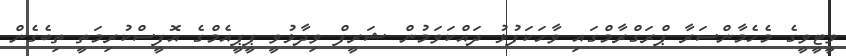
ވީޓީވީގެ މެހެމާންސަރާ ޕްރަގްރާމްގައި ވާހަކަފުޅު ދައްކަވަމުން ޝަރީފް ވިދާޅުވީ ޕީޕީއެމްގެ އޮފީސްކުރިމަތީ ތިބެގެން